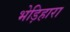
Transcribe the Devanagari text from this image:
भेड़िहारा